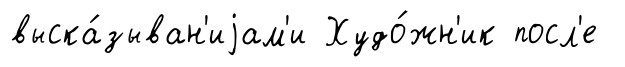
выска́зыван'иjам'и Худо́жн'ик посл'е